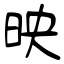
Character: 映